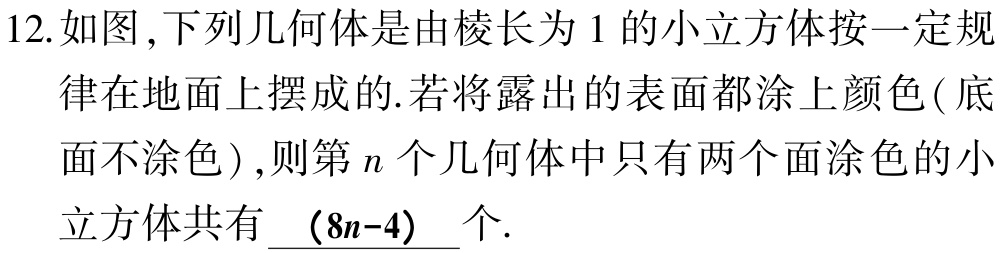
12.如图,下列几何体是由棱长为1的小立方体按一定规律在地面上摆成的.若将露出的表面都涂上颜色(底面不涂色),则第\(n\)个几何体中只有两个面涂色的小立方体共有\(\underline{（8n - 4）}\)个.